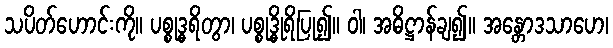
သပိတ်ဟောင်းကို။ ပစ္စုဒ္ဓရိတွာ၊ ပစ္စုဒ္ဓိုရိပြု၍။ ဝါ၊ အဓိဋ္ဌာန်ချ၍။ အန္တောဒသာဟေ၊